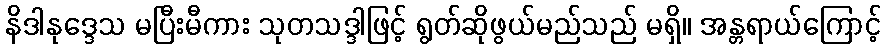
နိဒါနုဒ္ဒေသ မပြီးမီကား သုတသဒ္ဒါဖြင့် ရွတ်ဆိုဖွယ်မည်သည် မရှိ။ အန္တရာယ်ကြောင့်